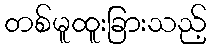
တစ်မူထူးခြားသည့်